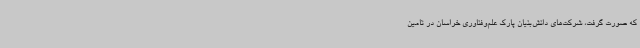
که صورت گرفت، شرکت‌های دانش‌بنیان پارک علم‌وفناوری خراسان در تامین